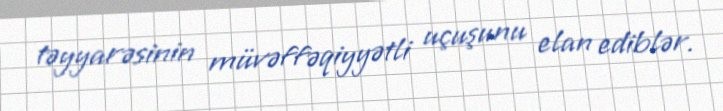
təyyarəsinin müvəffəqiyyətli uçuşunu elan ediblər.